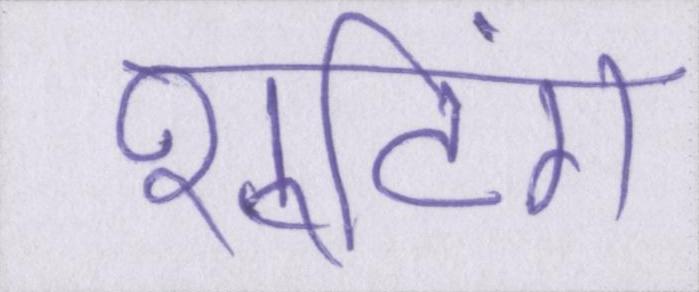
शूटिंग